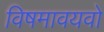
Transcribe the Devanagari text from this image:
विषमावयवो